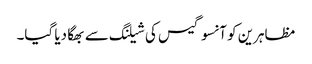
مظاہرین کو آنسو گیس کی شیلنگ سے بھگا دیا گیا۔